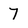
Character: 7